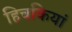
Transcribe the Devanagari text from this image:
हिचकियां